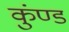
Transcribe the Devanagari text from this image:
कुंण्ड